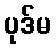
ပုဒ်မ